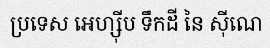
ប្រទេស អេហ្ស៊ីប ទឹកដី នៃ ស៊ីណេ